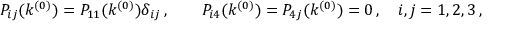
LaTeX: P _ { i j } ( k ^ { ( 0 ) } ) = P _ { 1 1 } ( k ^ { ( 0 ) } ) \delta _ { i j } \, , \qquad P _ { i 4 } ( k ^ { ( 0 ) } ) = P _ { 4 j } ( k ^ { ( 0 ) } ) = 0 \, , \quad i , j = 1 , 2 , 3 \, ,